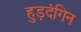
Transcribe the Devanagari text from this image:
हुड़दंगिन